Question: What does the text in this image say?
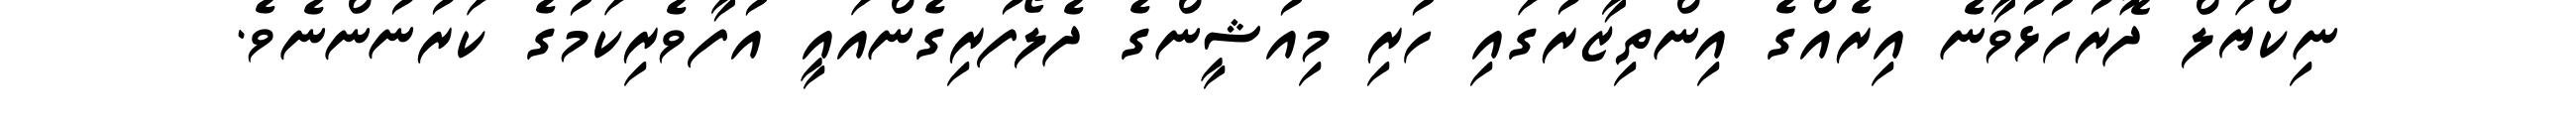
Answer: ނިކްޔަލް ދޮރުހުޅުވާނެ އިރެއްގެ އިންތިޒާރުގައި ހުރި މިއުޝީންގެ ދެލޯފުރިގެންއައީ އުފާވެރިކަމުގެ ކަރުނުންނެވެ.